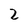
Character: 2